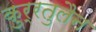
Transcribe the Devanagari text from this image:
कुर्रतुलैन